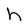
Character: h